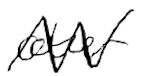
Text: other
Cross-out: zig-zag
Writing tool: digital_black